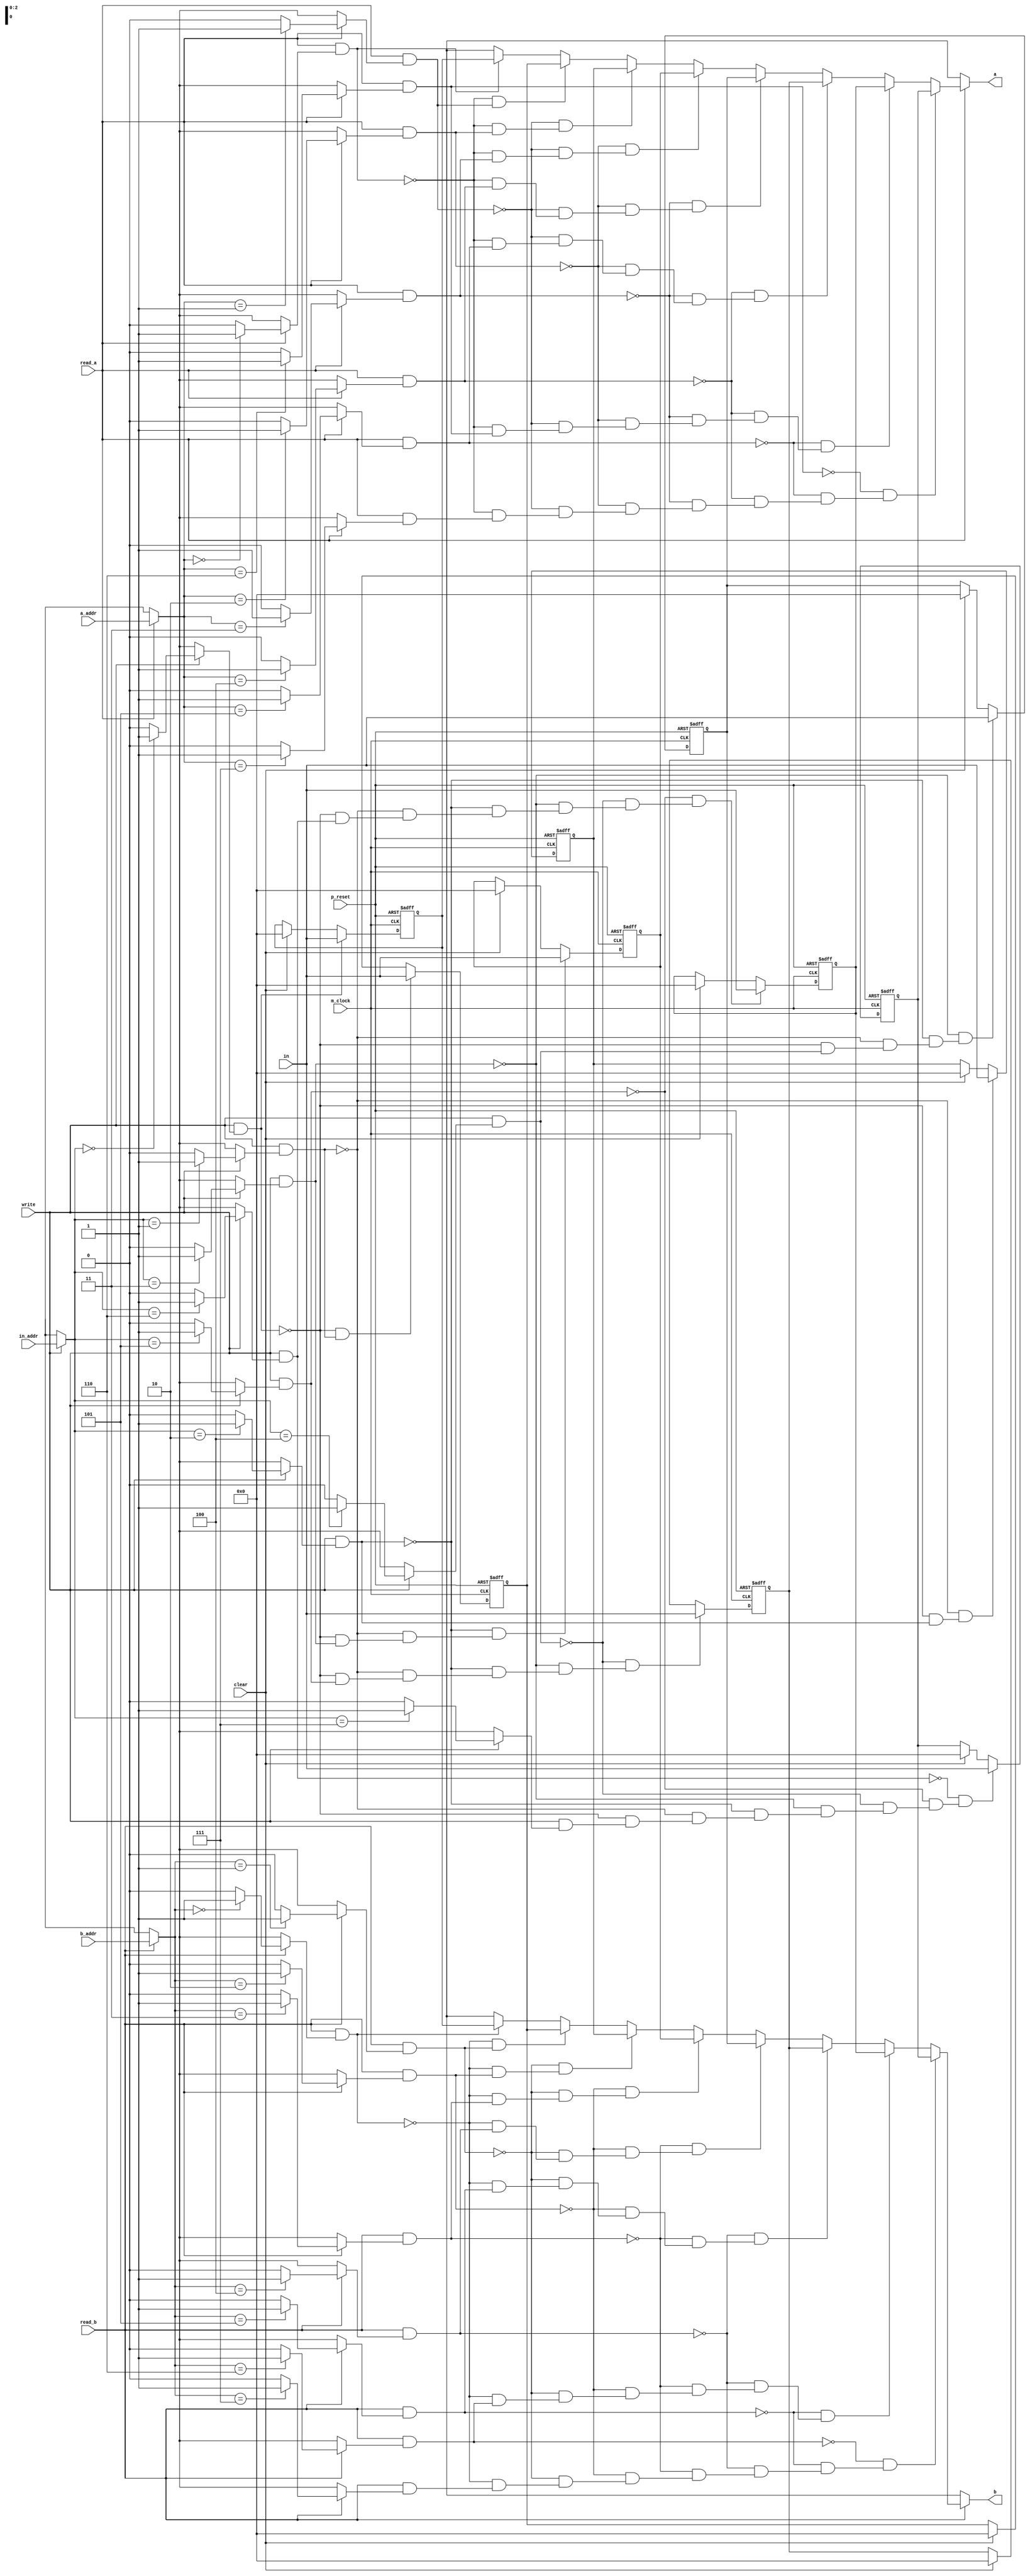
/*
 * This code is produced by: 
 *   FSL Compiler version 0.1 alpha (2020-05-08) build 20E313
 *   Designed by Nobuya WATANABE, Okayama University, 2015-2020.
 * 
 *   Mon May 18 15:42:50 JST 2020
 * 
 * The source file of this code: 'regs32x8.fsl'.
 * 
 * INFO: 
 * 
 */
/* ModuleDef: regs32x8 */

module regs32x8(p_reset, m_clock, in, in_addr, a_addr, b_addr, a, b, read_a, read_b, write, clear);
  input         p_reset;
  wire          p_reset;
  input         m_clock;
  wire          m_clock;
  input  [31:0] in;
  wire   [31:0] in;
  input   [2:0] in_addr;
  wire    [2:0] in_addr;
  input   [2:0] a_addr;
  wire    [2:0] a_addr;
  input   [2:0] b_addr;
  wire    [2:0] b_addr;
  output [31:0] a;
  wire   [31:0] a;
  output [31:0] b;
  wire   [31:0] b;
  input         read_a;
  wire          read_a;
  input         read_b;
  wire          read_b;
  input         write;
  wire          write;
  input         clear;
  wire          clear;
  /* for bundle-type input/output */
  /* decls */
  /* reg decl */
  reg    [31:0] reg0;
  /* reg decl */
  reg    [31:0] reg1;
  /* reg decl */
  reg    [31:0] reg2;
  /* reg decl */
  reg    [31:0] reg3;
  /* reg decl */
  reg    [31:0] reg4;
  /* reg decl */
  reg    [31:0] reg5;
  /* reg decl */
  reg    [31:0] reg6;
  /* reg decl */
  reg    [31:0] reg7;
  /* local decls */
  wire    [2:0] __net0;
  wire   [31:0] __net1;
  wire    [2:0] __net10;
  wire   [31:0] __net11;
  wire          __net12;
  wire          __net13;
  wire          __net14;
  wire          __net15;
  wire          __net16;
  wire          __net17;
  wire          __net18;
  wire          __net19;
  wire          __net2;
  wire    [2:0] __net20;
  wire          __net21;
  wire          __net22;
  wire          __net23;
  wire          __net24;
  wire          __net25;
  wire          __net26;
  wire          __net27;
  wire          __net28;
  wire          __net3;
  wire          __net4;
  wire          __net5;
  wire          __net6;
  wire          __net7;
  wire          __net8;
  wire          __net9;
  wire   [31:0] _read_a_v_0_1000;
  wire   [31:0] _read_b_v_8_1001;
  /* assigns */
  assign __net0 = read_a ? a_addr : 3'bx;
  assign __net1 = ~(read_a & __net8) & (~(read_a & __net7) & (~(read_a & __net6) & (~(read_a & __net5) & (~(read_a & __net4) & (~(read_a & __net3) & (~(read_a & __net2) & (read_a & __net9))))))) ? 
                    reg7 : 
                    ~(read_a & __net7) & (~(read_a & __net6) & (~(read_a & __net5) & (~(read_a & __net4) & (~(read_a & __net3) & (~(read_a & __net2) & (read_a & __net8)))))) ? 
                      reg6 : 
                      ~(read_a & __net6) & (~(read_a & __net5) & (~(read_a & __net4) & (~(read_a & __net3) & (~(read_a & __net2) & (read_a & __net7))))) ? 
                        reg5 : 
                        ~(read_a & __net5) & (~(read_a & __net4) & (~(read_a & __net3) & (~(read_a & __net2) & (read_a & __net6)))) ? 
                          reg4 : 
                          ~(read_a & __net4) & (~(read_a & __net3) & (~(read_a & __net2) & (read_a & __net5))) ? 
                            reg3 : 
                            ~(read_a & __net3) & (~(read_a & __net2) & (read_a & __net4)) ? 
                              reg2 : 
                              ~(read_a & __net2) & (read_a & __net3) ? 
                                reg1 : 
                                read_a & __net2 ? 
                                  reg0 : 
                                  32'bx;
  assign __net10 = read_b ? b_addr : 3'bx;
  assign __net11 = ~(read_b & __net18) & (~(read_b & __net17) & (~(read_b & __net16) & (~(read_b & __net15) & (~(read_b & __net14) & (~(read_b & __net13) & (~(read_b & __net12) & (read_b & __net19))))))) ? 
                     reg7 : 
                     ~(read_b & __net17) & (~(read_b & __net16) & (~(read_b & __net15) & (~(read_b & __net14) & (~(read_b & __net13) & (~(read_b & __net12) & (read_b & __net18)))))) ? 
                       reg6 : 
                       ~(read_b & __net16) & (~(read_b & __net15) & (~(read_b & __net14) & (~(read_b & __net13) & (~(read_b & __net12) & (read_b & __net17))))) ? 
                         reg5 : 
                         ~(read_b & __net15) & (~(read_b & __net14) & (~(read_b & __net13) & (~(read_b & __net12) & (read_b & __net16)))) ? 
                           reg4 : 
                           ~(read_b & __net14) & (~(read_b & __net13) & (~(read_b & __net12) & (read_b & __net15))) ? 
                             reg3 : 
                             ~(read_b & __net13) & (~(read_b & __net12) & (read_b & __net14)) ? 
                               reg2 : 
                               ~(read_b & __net12) & (read_b & __net13) ? 
                                 reg1 : 
                                 read_b & __net12 ? 
                                   reg0 : 
                                   32'bx;
  assign __net12 = read_b ? __net10 == 3'B000 ? 1'b1 : 1'b0 : 1'bx;
  assign __net13 = read_b ? __net10 == 3'B001 ? 1'b1 : 1'b0 : 1'bx;
  assign __net14 = read_b ? __net10 == 3'B010 ? 1'b1 : 1'b0 : 1'bx;
  assign __net15 = read_b ? __net10 == 3'B011 ? 1'b1 : 1'b0 : 1'bx;
  assign __net16 = read_b ? __net10 == 3'B100 ? 1'b1 : 1'b0 : 1'bx;
  assign __net17 = read_b ? __net10 == 3'B101 ? 1'b1 : 1'b0 : 1'bx;
  assign __net18 = read_b ? __net10 == 3'B110 ? 1'b1 : 1'b0 : 1'bx;
  assign __net19 = read_b ? __net10 == 3'B111 ? 1'b1 : 1'b0 : 1'bx;
  assign __net2 = read_a ? __net0 == 3'B000 ? 1'b1 : 1'b0 : 1'bx;
  assign __net20 = write ? in_addr : 3'bx;
  assign __net21 = write ? __net20 == 3'B000 ? 1'b1 : 1'b0 : 1'bx;
  assign __net22 = write ? __net20 == 3'B001 ? 1'b1 : 1'b0 : 1'bx;
  assign __net23 = write ? __net20 == 3'B010 ? 1'b1 : 1'b0 : 1'bx;
  assign __net24 = write ? __net20 == 3'B011 ? 1'b1 : 1'b0 : 1'bx;
  assign __net25 = write ? __net20 == 3'B100 ? 1'b1 : 1'b0 : 1'bx;
  assign __net26 = write ? __net20 == 3'B101 ? 1'b1 : 1'b0 : 1'bx;
  assign __net27 = write ? __net20 == 3'B110 ? 1'b1 : 1'b0 : 1'bx;
  assign __net28 = write ? __net20 == 3'B111 ? 1'b1 : 1'b0 : 1'bx;
  assign __net3 = read_a ? __net0 == 3'B001 ? 1'b1 : 1'b0 : 1'bx;
  assign __net4 = read_a ? __net0 == 3'B010 ? 1'b1 : 1'b0 : 1'bx;
  assign __net5 = read_a ? __net0 == 3'B011 ? 1'b1 : 1'b0 : 1'bx;
  assign __net6 = read_a ? __net0 == 3'B100 ? 1'b1 : 1'b0 : 1'bx;
  assign __net7 = read_a ? __net0 == 3'B101 ? 1'b1 : 1'b0 : 1'bx;
  assign __net8 = read_a ? __net0 == 3'B110 ? 1'b1 : 1'b0 : 1'bx;
  assign __net9 = read_a ? __net0 == 3'B111 ? 1'b1 : 1'b0 : 1'bx;
  assign _read_a_v_0_1000 = read_a ? __net1 : 32'bx;
  assign _read_b_v_8_1001 = read_b ? __net11 : 32'bx;
  assign a = read_a ? _read_a_v_0_1000 : 32'bx;
  assign b = read_b ? _read_b_v_8_1001 : 32'bx;
  /* defs */
  /* FunDef read_a */
  /*   parameter: a_addr: Bit(3) */
  /* FunDef read_b */
  /*   parameter: b_addr: Bit(3) */
  /* FunDef write */
  /*   parameter: in_addr: Bit(3) */
  /*   parameter: in: Bit(32) */
  /* reg updates */
  always @(posedge m_clock or posedge p_reset)
    begin
      if (p_reset)
        reg3 <= 32'b0;
      else if (~(write & __net23) & (~(write & __net22) & (~(write & __net21) & (write & __net24))))
        reg3 <= in;
      else if (clear)
        reg3 <= 32'B00000000000000000000000000000000;
    end
  always @(posedge m_clock or posedge p_reset)
    begin
      if (p_reset)
        reg6 <= 32'b0;
      else if (~(write & __net26) & (~(write & __net25) & (~(write & __net24) & (~(write & __net23) & (~(write & __net22) & (~(write & __net21) & (write & __net27)))))))
        reg6 <= in;
      else if (clear)
        reg6 <= 32'B00000000000000000000000000000000;
    end
  always @(posedge m_clock or posedge p_reset)
    begin
      if (p_reset)
        reg2 <= 32'b0;
      else if (~(write & __net22) & (~(write & __net21) & (write & __net23)))
        reg2 <= in;
      else if (clear)
        reg2 <= 32'B00000000000000000000000000000000;
    end
  always @(posedge m_clock or posedge p_reset)
    begin
      if (p_reset)
        reg5 <= 32'b0;
      else if (~(write & __net25) & (~(write & __net24) & (~(write & __net23) & (~(write & __net22) & (~(write & __net21) & (write & __net26))))))
        reg5 <= in;
      else if (clear)
        reg5 <= 32'B00000000000000000000000000000000;
    end
  always @(posedge m_clock or posedge p_reset)
    begin
      if (p_reset)
        reg4 <= 32'b0;
      else if (~(write & __net24) & (~(write & __net23) & (~(write & __net22) & (~(write & __net21) & (write & __net25)))))
        reg4 <= in;
      else if (clear)
        reg4 <= 32'B00000000000000000000000000000000;
    end
  always @(posedge m_clock or posedge p_reset)
    begin
      if (p_reset)
        reg7 <= 32'b0;
      else if (~(write & __net27) & (~(write & __net26) & (~(write & __net25) & (~(write & __net24) & (~(write & __net23) & (~(write & __net22) & (~(write & __net21) & (write & __net28))))))))
        reg7 <= in;
      else if (clear)
        reg7 <= 32'B00000000000000000000000000000000;
    end
  always @(posedge m_clock or posedge p_reset)
    begin
      if (p_reset)
        reg1 <= 32'b0;
      else if (~(write & __net21) & (write & __net22))
        reg1 <= in;
      else if (clear)
        reg1 <= 32'B00000000000000000000000000000000;
    end
  always @(posedge m_clock or posedge p_reset)
    begin
      if (p_reset)
        reg0 <= 32'b0;
      else if (write & __net21)
        reg0 <= in;
      else if (clear)
        reg0 <= 32'B00000000000000000000000000000000;
    end
endmodule
/* End of file (regs32x8.v) */